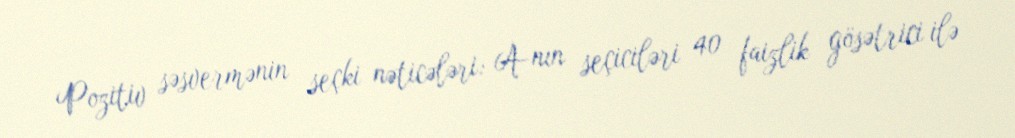
Pozitiv səsvermənin seçki nəticələri: A-nın seçiciləri 40 faizlik gösətrici ilə